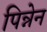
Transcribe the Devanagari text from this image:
पिन्नेन